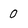
Character: O